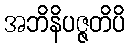
အဘိနိပဇ္ဇတိပိ